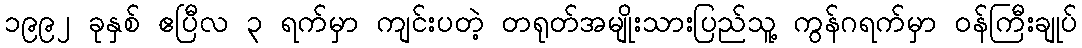
၁၉၉၂ ခုနှစ် ဧပြီလ ၃ ရက်မှာ ကျင်းပတဲ့ တရုတ်အမျိုးသားပြည်သူ့ ကွန်ဂရက်မှာ ဝန်ကြီးချုပ်